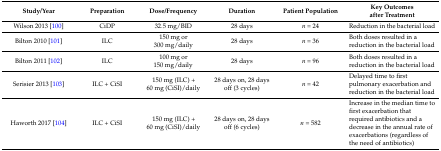
| Study/Year | Preparation | Dose/Frequency | Duration | Patient Population | Key Outcomes after Treatment |
 | --- | --- | --- | --- | --- | --- |
 | Wilson 2013 [100] | CiDP | 32.5 mg/BID | 28 days | n = 24 | Reduction in the bacterial load |
 | Bilton 2010 [101] | ILC | 150 mg or 300 mg/daily | 28 days | n = 36 | Both doses resulted in a reduction in the bacterial load |
 | Bilton 2011 [102] | ILC | 100 mg or 150 mg/daily | 28 days | n = 96 | Both doses resulted in a reduction in the bacterial load |
 | Serisier 2013 [103] | ILC + CiSI | 150 mg (ILC) + 60 mg (CiSI)/daily | 28 days on, 28 days off (3 cycles) | n = 42 | Delayed time to first pulmonary exacerbation and reduction in the bacterial load |
 | Haworth 2017 [104] | ILC + CiSI | 150 mg (ILC) + 60 mg (CiSI)/daily | 28 days on, 28 days off (6 cycles) | n = 582 | Increase in the median time to first exacerbation that required antibiotics and a decrease in the annual rate of exacerbations (regardless of the need of antibiotics) |